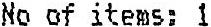
NO OF ITEMS: 1